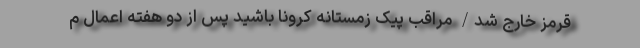
قرمز خارج شد/ مراقب پیک زمستانه کرونا باشید پس از دو هفته اعمال م